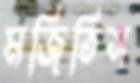
মজিতিস